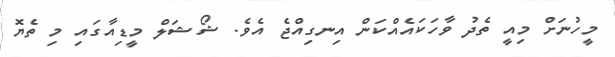
މީހުނަށް މިއީ ތެދު ވާހަކައެއްކަން އިނގިއްޖެ އެވެ. ޝޯޝަލް މީޑިއާގައި މި ތެޔޮ